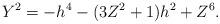
LaTeX: \begin{align*}Y^2=-h^4-(3Z^2+1)h^2+Z^6.\end{align*}